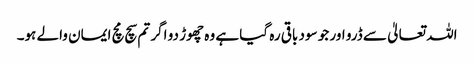
اللہ تعالیٰ سے ڈرو اور جو سود باقی رہ گیا ہے وہ چھوڑ دو اگر تم سچ مچ ایمان والے ہو۔